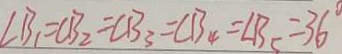
\angle B _ { 1 } = C B _ { 2 } = C B _ { 3 } = C B _ { 4 } = \angle B _ { 5 } = 3 6 ^ { \circ }